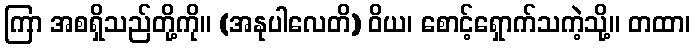
ကြာ အစရှိသည်တို့ကို။ (အနုပါလေတိ) ဝိယ၊ စောင့်ရှောက်သကဲ့သို့။ တထာ၊